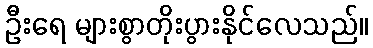
ဦးရေ များစွာတိုးပွားနိုင်လေသည်။